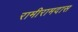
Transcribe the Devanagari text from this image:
रामीरामदास